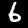
Digit: 6